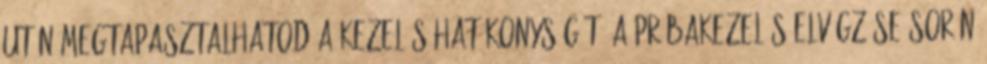
után megtapasztalhatod a kezelés hatékonyságát. A próbakezelés elvégzése során